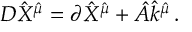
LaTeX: D { \hat { X } } ^ { { \hat { \mu } } } = \partial { \hat { X } } ^ { { \hat { \mu } } } + { \hat { A } } { \hat { k } } ^ { { \hat { \mu } } } \, .